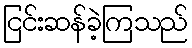
ငြင်းဆန်ခဲ့ကြသည်